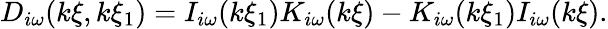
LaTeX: D_{i\omega}(k\xi,k\xi_{1})=I_{i\omega}(k\xi_{1})K_{i\omega}(k\xi)-K_{i\omega}(k\xi_{1})I_{i\omega}(k\xi).